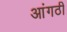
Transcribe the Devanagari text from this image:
आंगठी